Statistical return of the lunatic asylum in Assam - 1912-1932
Year: 1912
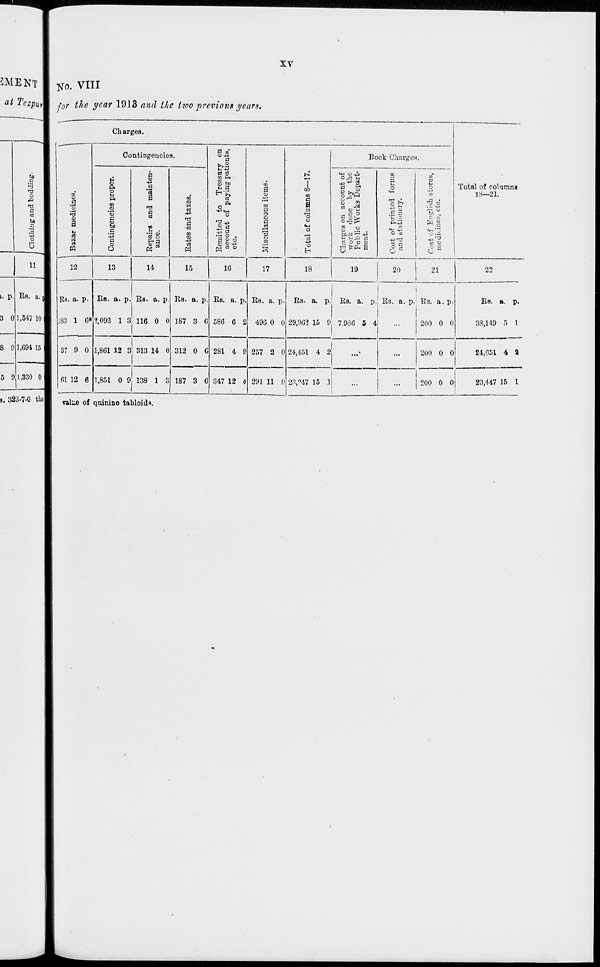
CO
CN
00
co
CO
o
•a
|
CO
g
CO
CO
1,694 15 1
VI
P
" |
Clothing and bedding-.
^
1
»-3
^
S
CO
TO
CO
gp
!
\
r-'
o
CO
o
H»
p
to
Bazar medicines.
o
A
o
*
•a
>a
t—'
■.o
P
00
00
o
w
a
CJl
o
©
a
El
1-1
M
CO
p
(-1
CO
Contingencies proper.
o
o
to
t-»
Cf
P
o
CO
CO
•o
O
o
a
p
0*3
a
at
CO
CO
1—'
w
&
00
CO
CD
a
t>
M
Eepairs and mainten-
CKj
h-l
*■
©
p
ance.
3
CO
o
o
•a
O
o"
1—1
CO
M
£)
09
00
1—'
00
VI
to
•a
•
1—■
Or
Eates and taxes.
CO
1 °
CO
p
o
1 «
C5
•a
CO
vi
to
00
tor
oo
Ci
IS
Eemitted to Treasnry on
K->
1—I
©
account of paying patients,
to
0>
o
p
etc.
A.
«5
to
w
to
CO
to
£t
fed
VI
53
M
o
VI
Miscellaneous items.
l-l
to
o
p
c.
o
©
•a
to
[O
to
"o
"►&.
©
fed
£t
C3
-I
1-1
00
Total of columns 8—17.
I-*
p
CJT
Ir"
Cn
1—1
to
o
w
VI
fed
Charges on account of
CO
a>
work done by the
Cn
*>•
p
CO
Public "Works Depart-
ment.
bd
o
w
pr
m
to
Cost of printed forms
o
p
o
and stationery.
Si"
p
o
to
to
to
?d
•
o
o
o
o
©
©
i"
to
Cost of Epglish stores,
° 1 o
o
p
I- 1
niodiciDeSj etc.
_^_J o © V
H
o
crt-
P
M
w
CO
M <-"
CO
C5
00
1—1
w
to
exo
tl>>
en
4»>
to
Lr,
VI
►-»
CO
So,
p
c
o»
■»>
CT
3
l-l
M
f-*
■d
a
o
o
CO